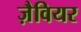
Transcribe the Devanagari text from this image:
ज़ैवियर